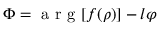
\Phi = \mathrm { ~ a ~ r ~ g ~ } [ f ( \rho ) ] - l \varphi